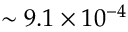
\sim 9 . 1 \times 1 0 ^ { - 4 }